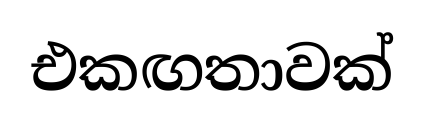
එකඟතාවක්